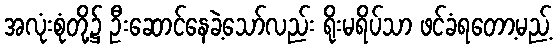
အလုံးစုံတို့၌ ဦးဆောင်နေခဲ့သော်လည်း ရိုးမရိပ်သာ ဖင်ခံရတော့မည့်